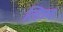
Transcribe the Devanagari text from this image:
लिञ्च